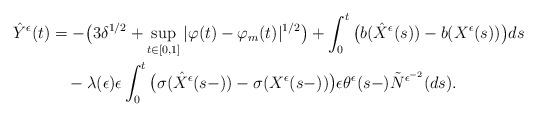
LaTeX: \begin{align*}\hat{Y}^{\epsilon}(t)&=-\big(3\delta^{1/2}+\sup_{t\in[0,1]}|\varphi(t)-\varphi_m(t)|^{1/2}\big)+\int^{t}_{0}\big(b(\hat{X}^{\epsilon}(s))-b(X^{\epsilon}(s))\big)ds\\&\quad-\lambda(\epsilon)\epsilon\int^{t}_{0}\big(\sigma(\hat{X}^{\epsilon}(s-))-\sigma(X^{\epsilon}(s-))\big)\epsilon\theta^{\epsilon}(s-)\tilde{N}^{\epsilon^{-2}}(ds).\end{align*}